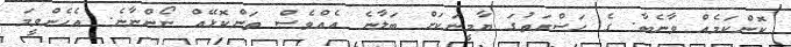
ކޮންކަމެއް ވާނެބާ. ގެ ޙަޟްރަތުގަ ޔާމީނަކަށް ބަލާނެ އެއްވެސް ތަންކޮޅޭއް ނޯންނާނެ. އެހެންވީމަ